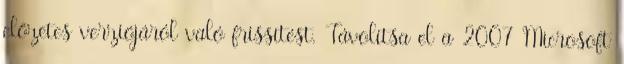
előzetes verziójáról való frissítést. Távolítsa el a 2007 Microsoft